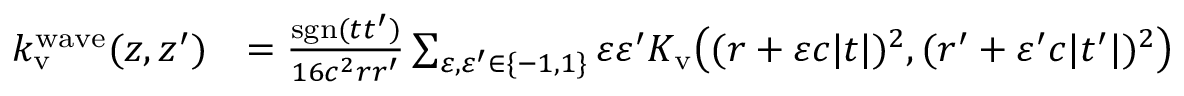
\begin{array} { r l } { k _ { \mathrm { v } } ^ { \mathrm { w a v e } } ( z , z ^ { \prime } ) } & { = \frac { \mathrm { s g n } ( t t ^ { \prime } ) } { 1 6 c ^ { 2 } r r ^ { \prime } } \sum _ { \varepsilon , \varepsilon ^ { \prime } \in \{ - 1 , 1 \} } \varepsilon \varepsilon ^ { \prime } K _ { \mathrm { v } } \big ( ( r + \varepsilon c | t | ) ^ { 2 } , ( r ^ { \prime } + \varepsilon ^ { \prime } c | t ^ { \prime } | ) ^ { 2 } \big ) } \end{array}